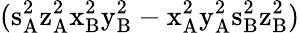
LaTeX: (\mathrm{s_{A}^{2}\mathrm{z_{A}^{2}\mathrm{x_{B}^{2}\mathrm{y_{B}^{2}-\mathrm{x_{A}^{2}\mathrm{y_{A}^{2}\mathrm{s_{B}^{2}\mathrm{z_{B}^{2})}}}}}}}}